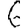
Digit: 6